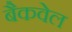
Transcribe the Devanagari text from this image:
बैकवेल